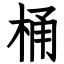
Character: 桶